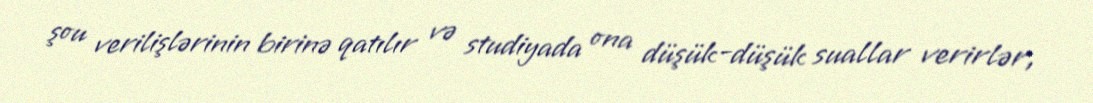
şou verilişlərinin birinə qatılır və studiyada ona düşük-düşük suallar verirlər,